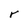
Character: r